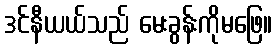
ဒင်နီယယ်သည် မေးခွန်းကိုမဖြေ။